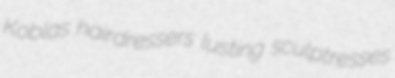
Koblas hairdressers lusting sculptresses